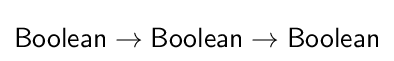
{\mathsf {Boolean}}\rightarrow {\mathsf {Boolean}}\rightarrow {\mathsf {Boolean}}